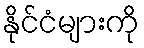
နိုင်ငံများကို